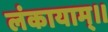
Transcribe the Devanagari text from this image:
लंकायाम्।।